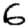
Digit: 6